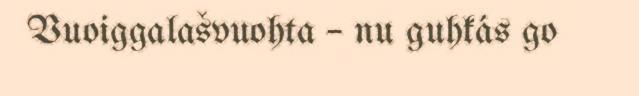
Vuoiggalašvuohta – nu guhkás go